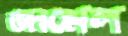
জামেল